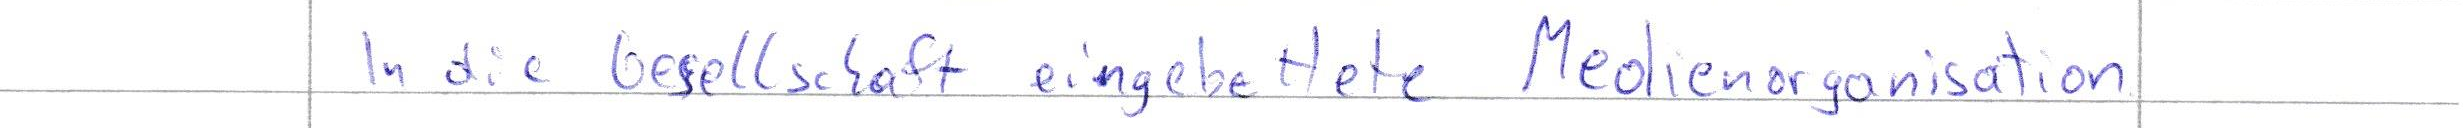
In die Gesellschaft eingebettete Medienorganisation